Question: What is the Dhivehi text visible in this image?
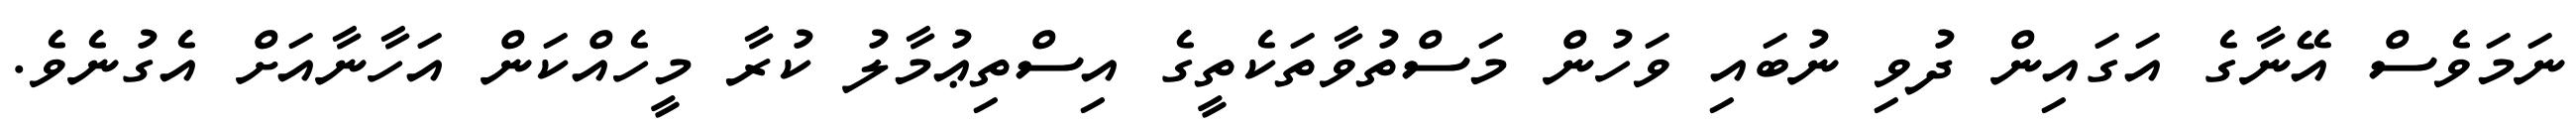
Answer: ނަމަވެސް އޭނާގެ އަގައިން ދުވި ނުބައި ވަހުން މަސްތުވާތަކެތީގެ އިސްތިޢުމާލު ކުރާ މީހެއްކަން އަހާނާއަށް އެގުނެވެ.